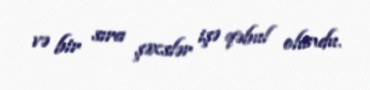
və bir sıra şəxslər işə qəbul olundu.